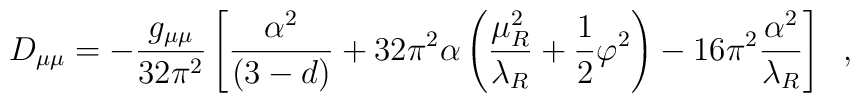
D_{\mu \mu}=-\frac{g_{\mu \mu}}{32\pi^{2}}\left[\frac{\alpha^{2}}{(3-d)} +32\pi^{2}\alpha\left(\frac{\mu_{R}^{2}}{\lambda_{R}}+\frac{1}{2}\varphi^{2}\right)-16\pi^{2}\frac{\alpha^{2}}{\lambda_{R}}\right] \;\;,